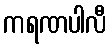
ကရဏပါလီ